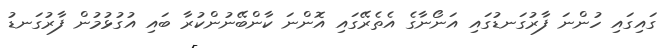
ގައިގައި ހުންނަ ފާރުގަނޑުގައި އަނޯނާގެ އެތެރޭގައި އޮންނަ ކާންބޭނުންކުރާ ބައި އުގުޅުމުން ފާރުގަނޑު